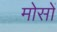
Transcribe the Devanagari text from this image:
मोसों